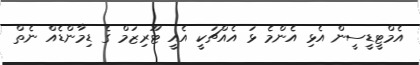
އެމްޓީޑީސީން އެޅި އެންމެ ޅަ އެއްޗަކީ އެއީ ޓޫރިޒަމް ގެ ޑިމާންޑެއް ނެތް